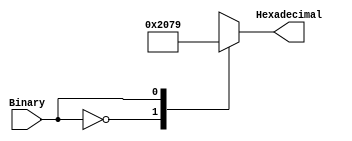
//Objective:
//Convert 4 bit binary values to hexadecimal values on the seven segment display
`timescale 1ns / 1ps
module SevenSeg(Binary, Hexadecimal);//Declare variables
input Binary;//Define 1 bit input
output reg [6:0] Hexadecimal;//Define 7 bit output

always @ (Binary)//Process binary input
    case(Binary)//Case statement with binary input
        1'b0 : Hexadecimal = 7'b1000000;//0
        1'b1 : Hexadecimal = 7'b1111001;//1 
    endcase//Close case
endmodule//End module